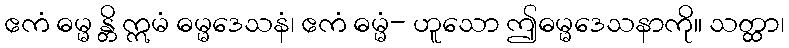
ဧကံ ဓမ္မ န္တိ ဣမံ ဓမ္မဒေသနံ၊ ဧကံ ဓမ္မံ- ဟူသော ဤဓမ္မဒေသနာကို။ သတ္ထာ၊